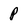
Character: P